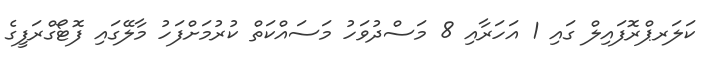
ކަލަރޕްރޮފައިލް ގައި 1 އަހަރާއި 8 މަސްދުވަހު މަސައްކަތް ކުރުމަށްފަހު މާލޭގައި ފޮޓޯގްރަފީގެ